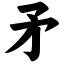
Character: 矛